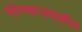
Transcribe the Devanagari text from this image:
मोण्वाजवळील